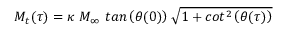
M _ { t } ( \tau ) = \kappa \ M _ { \infty } \ t a n \left( \theta ( 0 ) \right) \sqrt { 1 + c o t ^ { 2 } \left( \theta ( \tau ) \right) }